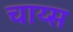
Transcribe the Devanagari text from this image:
चाय्स